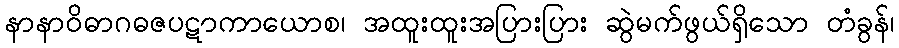
နာနာဝိဓာဂဓဇပဋာကာယောစ၊ အထူးထူးအပြားပြား ဆွဲမက်ဖွယ်ရှိသော တံခွန်၊